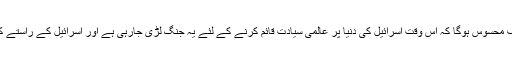
مشرق وسطی سے لیکر پاکستان تک حالات کا اگر بغورجائزہ لیا جائے تو صاف محسوس ہوگا کہ اس وقت اسرائیل کی دنیا پر عالمی سیادت قائم کرنے کے لئے یہ جنگ لڑی جارہی ہے اور اسرائیل کے راستے کی رکاوٹ بننے والے عناصر کو دہشت گرد قراردے کر نشانہ بنایا جارہا ہے ۔